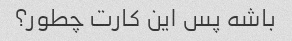
باشه پس این کارت چطور؟